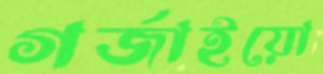
গর্‌জাইয়ো